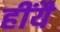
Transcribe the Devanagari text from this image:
हींयै